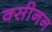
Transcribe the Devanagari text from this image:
क्सीनन